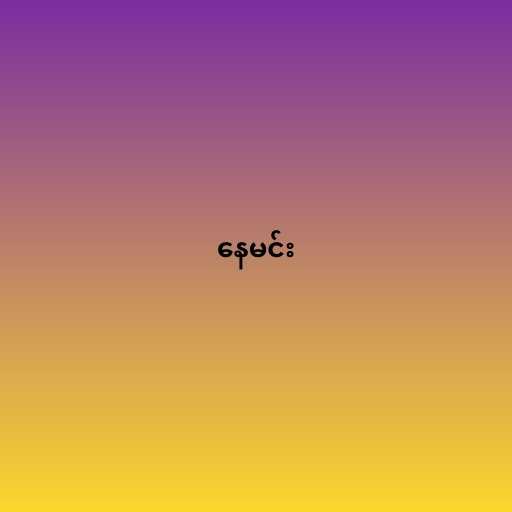
နေမင်း